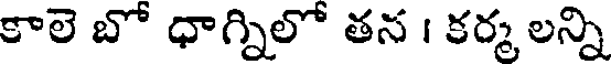
కాలె బో ధాగ్నిలో తన । కర్మ లన్ని